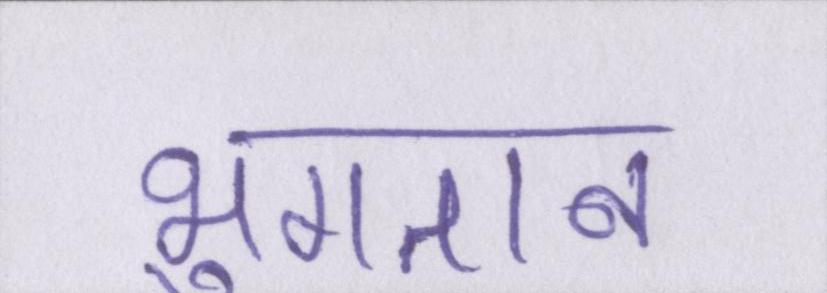
भुगतान